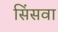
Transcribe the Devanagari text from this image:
सिंसवा